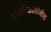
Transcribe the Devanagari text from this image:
आयडिओलॉजीझ